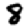
Digit: 8